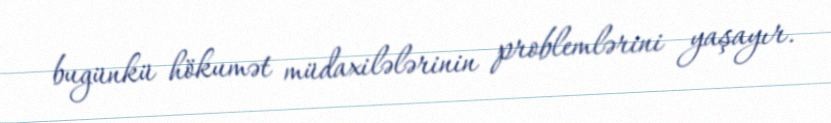
bugünkü hökumət müdaxilələrinin problemlərini yaşayır.